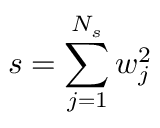
s = \sum _ { j = 1 } ^ { N _ { s } } w _ { j } ^ { 2 }